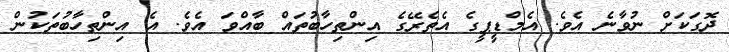
ދޮގަކަށް ނުވާނެ އެވެ. އެމްޑީޕީގެ އެތެރޭގެ އިންތިހާބުތައް ބާއްވަ އެވެ. އެ އިންތިހާބުތަކުން